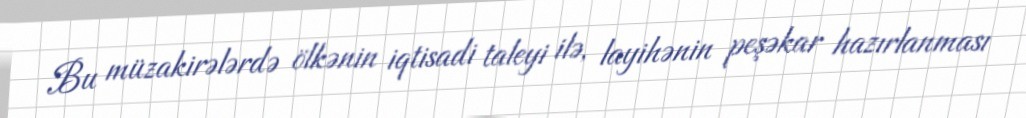
Bu müzakirələrdə ölkənin iqtisadi taleyi ilə, layihənin peşəkar hazırlanması